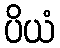
ပိယံ